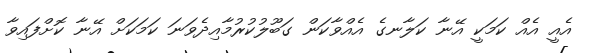
އެއީ އެއް ކަމަކީ އޭނާ ކަލާނގެ އެއްވާކަން ގަބޫލުކުރުމާއިދެވަނަ ކަމަކަށް އޭނާ ކޮށްފައިވާ